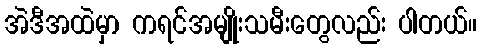
အဲဒီအထဲမှာ ကရင်အမျိုးသမီးတွေလည်း ပါတယ်။